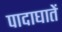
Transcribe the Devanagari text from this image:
पादाघातें